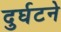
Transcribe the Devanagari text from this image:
दुर्घटने